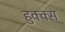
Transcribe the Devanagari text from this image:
हुक्क्स